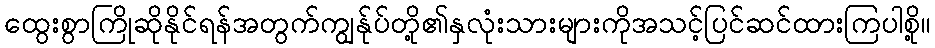
ထွေးစွာကြိုဆိုနိုင်ရန်အတွက်ကျွန်ုပ်တို့၏နှလုံးသားများကိုအသင့်ပြင်ဆင်ထားကြပါစို့။